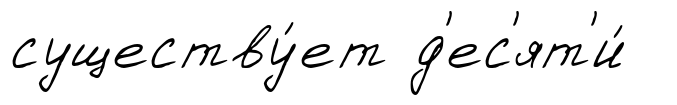
существу́ет д'ес'ят'и́